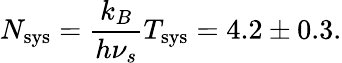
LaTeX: N_{\mathrm{sys}}=\frac{k_{B}}{h\nu_{s}}T_{\mathrm{sys}}=4.2\pm 0.3.